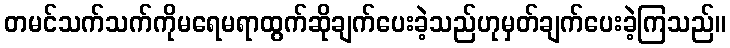
တမင်သက်သက်ကိုမရေမရာထွက်ဆိုချက်ပေးခဲ့သည်ဟုမှတ်ချက်ပေးခဲ့ကြသည်။